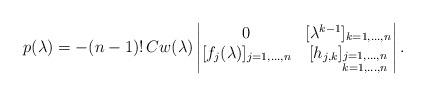
LaTeX: \begin{align*}p(\lambda)=-(n-1)!\, C w(\lambda) \begin{vmatrix} 0 & [\lambda^{k-1}]_{k=1,...,n} \\ [f_j(\lambda)]_{j=1,...,n} & [h_{j,k}]_{\substack{j=1,...,n\\k=1,...,n}} \end{vmatrix}.\end{align*}